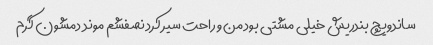
ساندویچ بندریش خیلی مشتی بود من و راحت سیر کرد نصفشم موند دمشون گرم